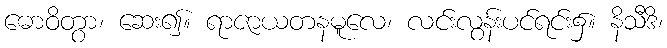
ဓောဝိတွာ၊ ဆေး၍။ ရာဇာယတနမူလေ၊ လင်းလွန်းပင်ရင်း၌။ နိသီဒိ၊